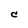
Character: C